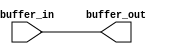
/* Verilog Model Created from SCS Schematic quad_buff.sch 
   Jun 05, 2007 13:39 */

`timescale 1ns/1ns   

module quad_buff( buffer_in , buffer_out );
input buffer_in;
output buffer_out;

assign buffer_out = buffer_in;
endmodule // logic_cell_macro